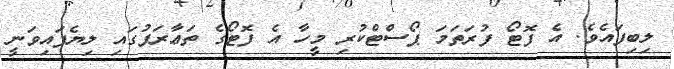
ލިބިފައެވެ. އެ ފޮޓޯ ފުރަތަމަ ޕޯސްޓްކުރި މީހާ އެ ފޮޓޯގެ ތަޢާރަފުގައި ލިޔެފައިވަނީ